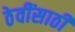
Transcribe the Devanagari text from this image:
ठेवींसाठी